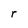
Character: d